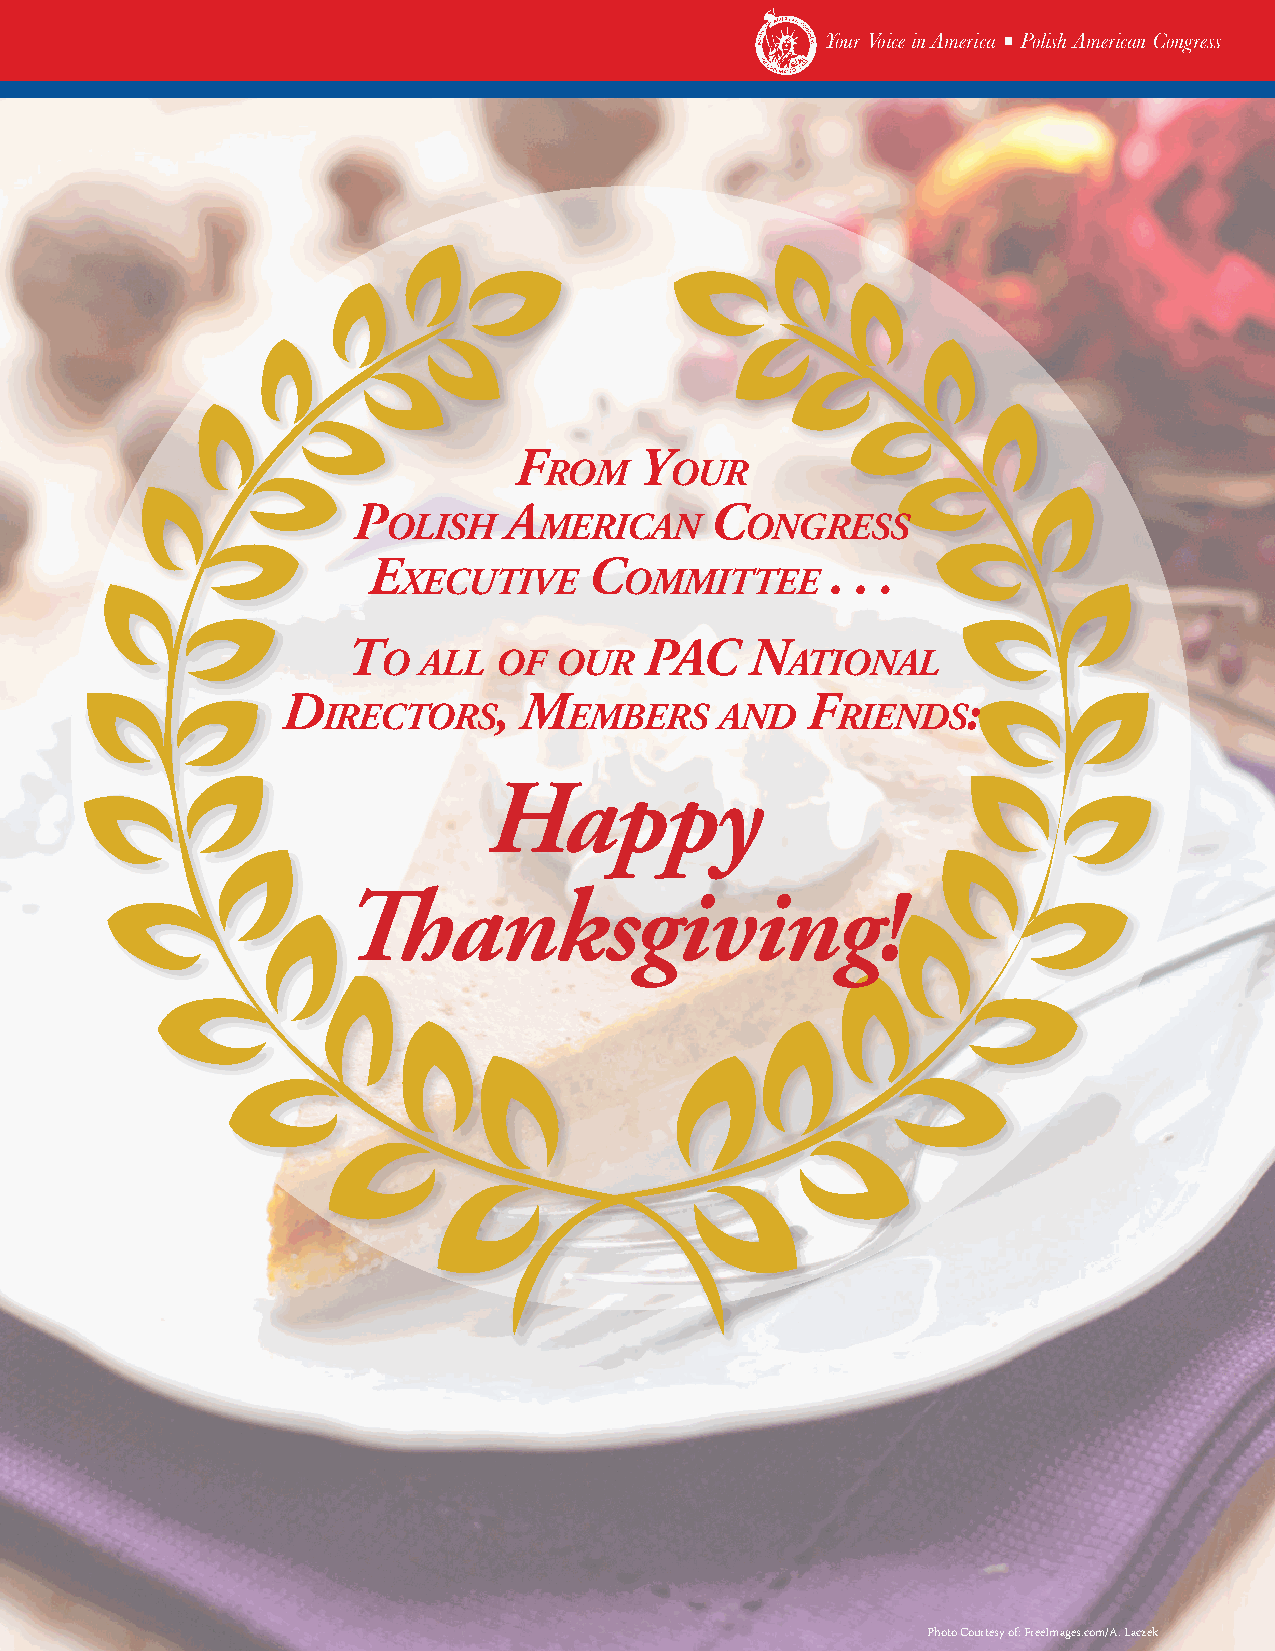
Your Voice in America ■ Polish American Congress
 F       Y
 rom     our
 P         A             c
 olish      mericAn      ongress
 e              c               . . .
 xecutive       ommittee
 t                   PAc    n
 o  All  oF  our            AtionAl
 D             , m                 F          :
 irectors         embers    AnD    rienDs
 Happy
 Thanksgiving!
 11
 Photo Courtesy of: FreeImages.com/A. Laczek